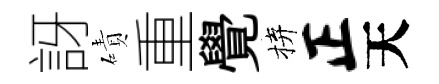
訝磧重覺拚正天